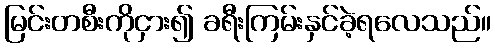
မြင်းတစီးကိုငှား၍ ခရီးကြမ်းနှင်ခဲ့ရလေသည်။